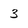
Character: 3